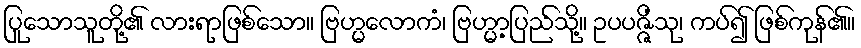
ပြုသောသူတို့၏ လားရာဖြစ်သော။ ဗြဟ္မလောကံ၊ ဗြဟ္မာ့ပြည်သို့။ ဥပပဇ္ဇိံသု၊ ကပ်၍ ဖြစ်ကုန်၏။